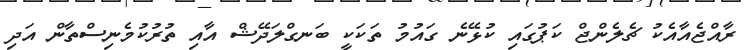
ރާއްޖެއާއެކު ޗެލެންޖް ކަޕުގައި ކުޅޭނެ ގައުމު ތަކަކީ ބަނގްލަދޭޝް އާއި ތުރުކުމެނިސްތާން އަދި